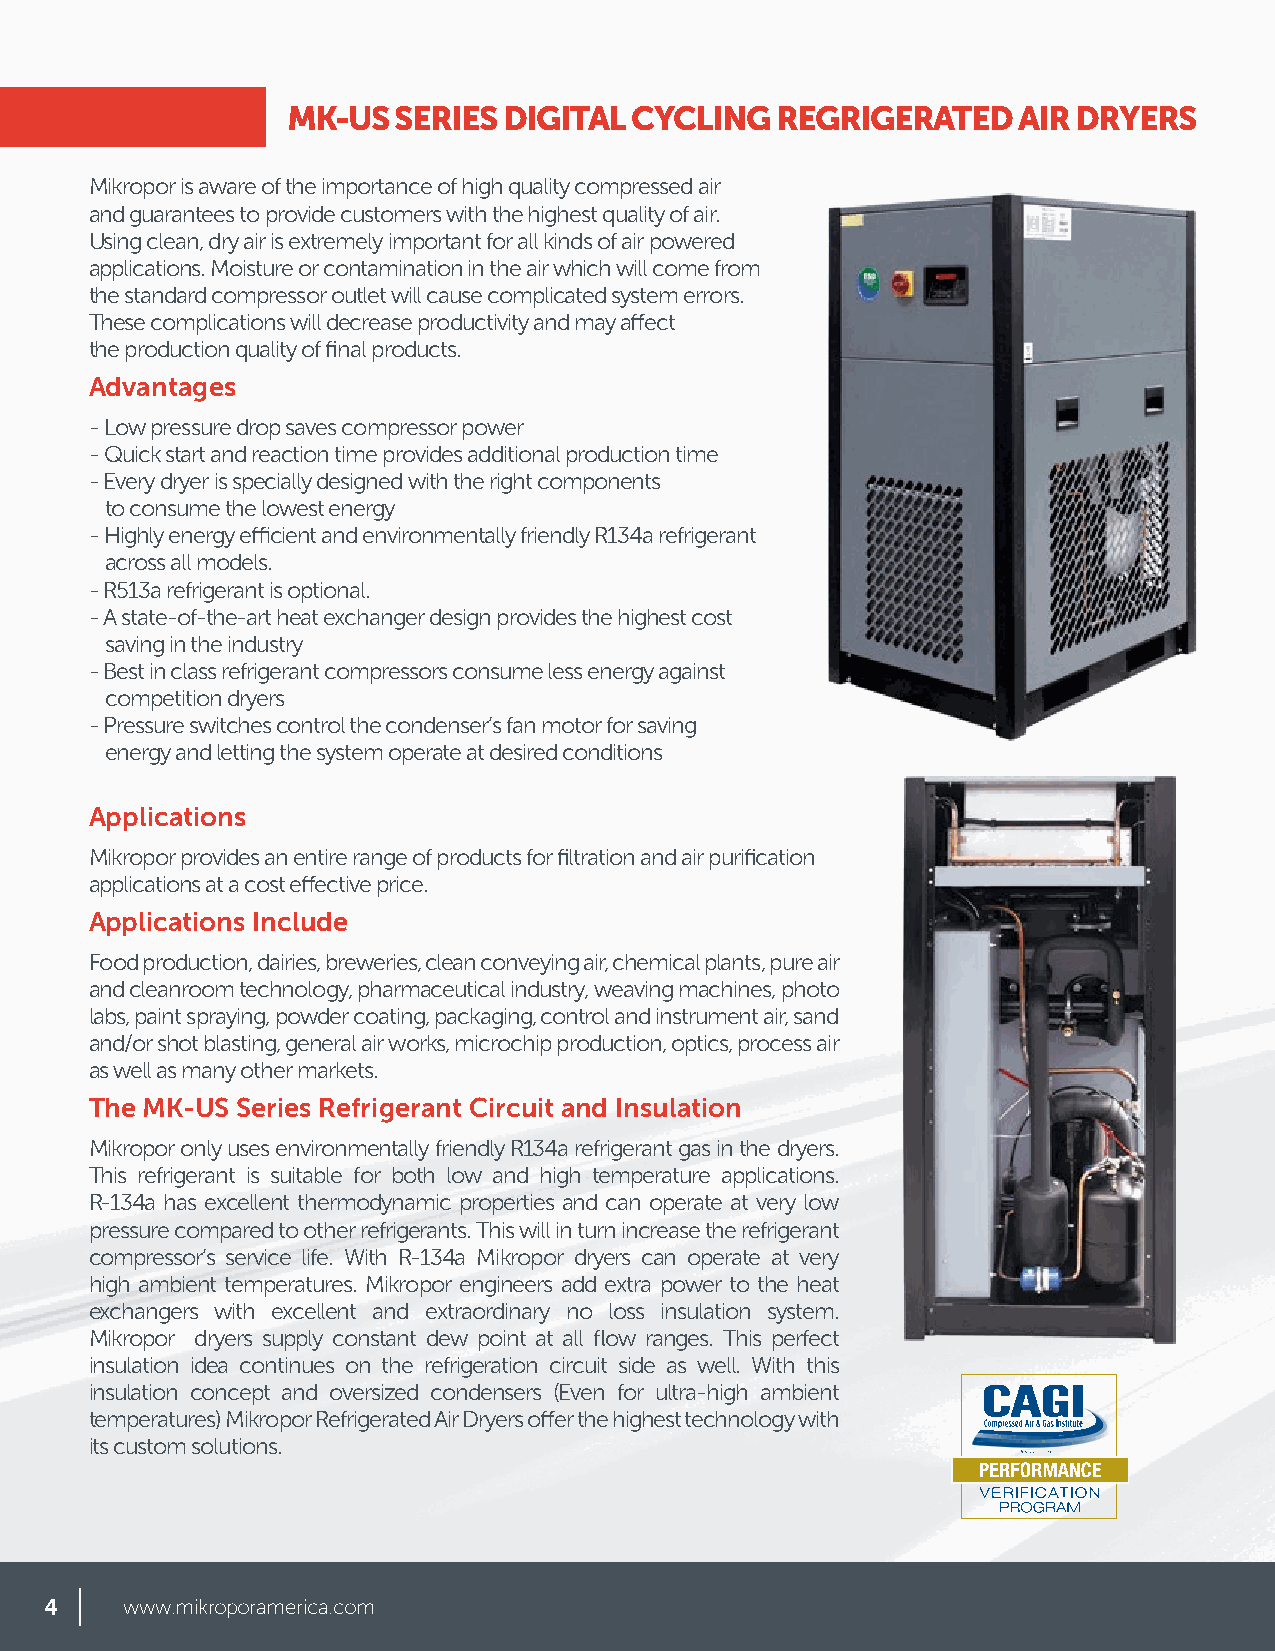
MK-US  SERIES DIGITAL  CYCLING  REGRIGERATED    AIR DRYERS
 Mikropor is aware of the importance of high quality compressed air
 and guarantees to provide customers with the highest quality of air.
 Using clean, dry air is extremely important for all kinds of air powered
 applications. Moisture or contamination in the air which will come from
 the standard compressor outlet will cause complicated system errors.
 These complications will decrease productivity and may affect
 the production quality of final products.
 Advantages
 - Low pressure drop saves compressor power
 - Quick start and reaction time provides additional production time
 - Every dryer is specially designed with the right components
 to consume the lowest energy
 - Highly energy efficient and environmentally friendly R134a refrigerant
 across all models.
 - R513a refrigerant is optional.
 - A state-of-the-art heat exchanger design provides the highest cost
 saving in the industry
 - Best in class refrigerant compressors consume less energy against
 competition dryers
 - Pressure switches control the condenser’s fan motor for saving
 energy and letting the system operate at desired conditions
 Applications
 Mikropor provides an entire range of products for filtration and air purification
 applications at a cost effective price.
 Applications Include
 Food production, dairies, breweries, clean conveying air, chemical plants, pure air
 and cleanroom technology, pharmaceutical industry, weaving machines, photo
 labs, paint spraying, powder coating, packaging, control and instrument air, sand
 and/or shot blasting, general air works, microchip production, optics, process air
 as well as many other markets.
 The MK-US Series Refrigerant Circuit and Insulation
 Mikropor only uses environmentally friendly R134a refrigerant gas in the dryers.
 This refrigerant is suitable for both low and high temperature applications.
 R-134a has excellent thermodynamic properties and can operate at very low
 pressure compared to other refrigerants. This will in turn increase the refrigerant
 compressor’s service life. With R-134a Mikropor dryers can operate at very
 high ambient temperatures. Mikropor engineers add extra power to the heat
 exchangers with excellent and extraordinary no loss insulation system.
 Mikropor dryers supply constant dew point at all flow ranges. This perfect
 insulation idea continues on the refrigeration circuit side as well. With this
 insulation concept and oversized condensers (Even for ultra-high ambient
 temperatures) Mikropor Refrigerated Air Dryers offer the highest technology with
 its custom solutions.
 4    www.mikroporamerica.com